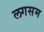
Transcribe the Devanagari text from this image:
लगसम